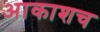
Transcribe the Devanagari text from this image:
आकाशच